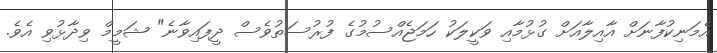
އެމަނިކުފާނަށް އާއިލާއަށް ގުޅުމާއި ވަކީލަކު ހަމަޖެއްސުމުގެ ފުރުސަތުވެސް ދީފައިވާނެ" ޝަމީމް ވިދާޅުވި އެވެ.